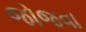
જોજવા